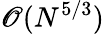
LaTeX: {\cal\mathscr{O}}(N^{5/3})